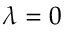
\lambda = 0